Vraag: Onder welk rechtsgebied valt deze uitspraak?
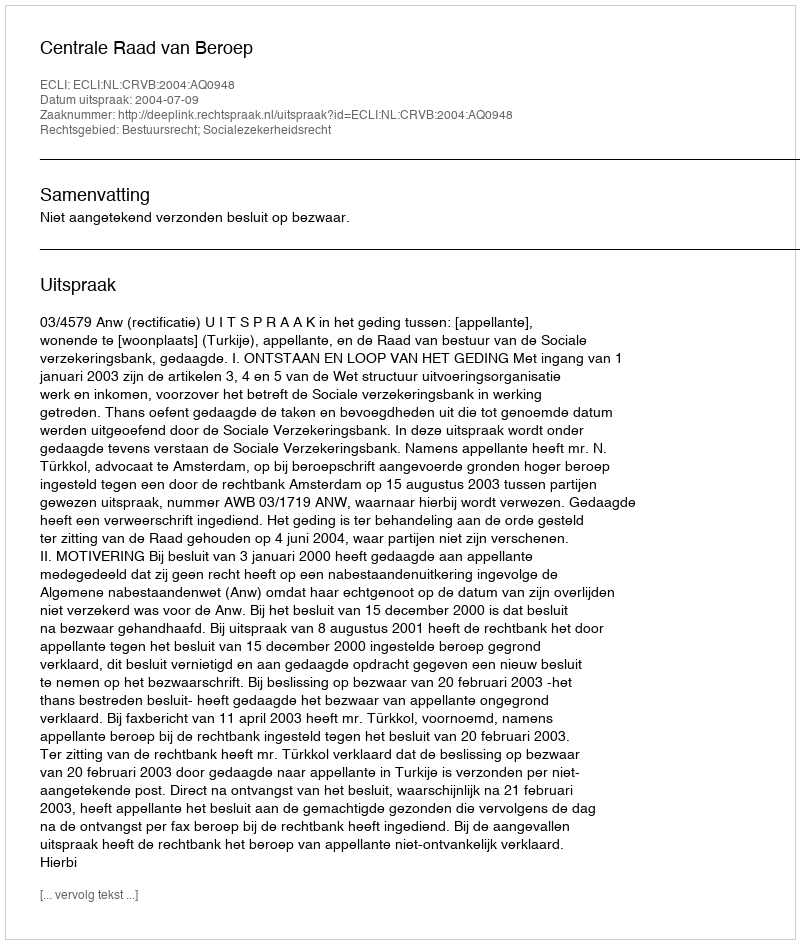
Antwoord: Bestuursrecht; Socialezekerheidsrecht